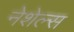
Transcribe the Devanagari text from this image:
नेशेल्स